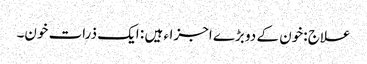
علاج :خون کے دو بڑے اجزاء ہیں : ایک ذرات خون۔